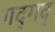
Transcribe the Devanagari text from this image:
गद्‍गद्